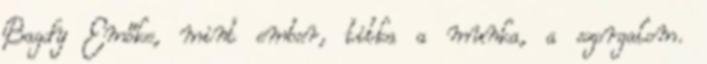
Bagdy Emőke, mint ember, titka a munka, a szorgalom.